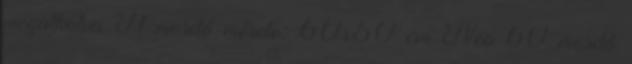
megalkotva A mosdó mérete: 60x50 cm Neo 60 mosdó